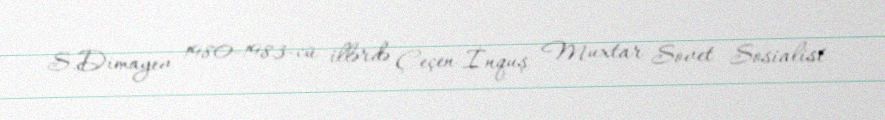
S.Dimayev 1980-1983-cü illərdə Çeçen-İnquş Muxtar Sovet Sosialist